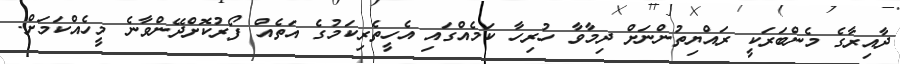
ދާއިރާގެ މެންބަރަކީ ރައްޔިތުންނަށް ދިމާވާ ހުރިހާ ކަމެއްގައި އެހީތެރިކަމުގެ އަތެއް ފޯރުކޮށްދޭންވާނެ މީހެއްކަމަށް.